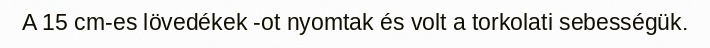
A 15 cm-es lövedékek -ot nyomtak és volt a torkolati sebességük.